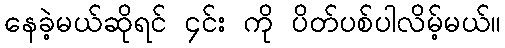
နေခဲ့မယ်ဆိုရင် ၄င်း ကို ပိတ်ပစ်ပါလိမ့်မယ်။